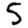
Digit: 5